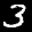
Label: 3